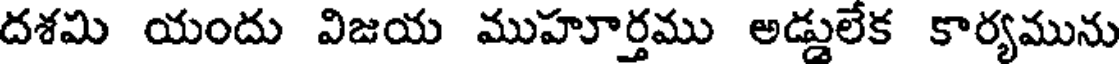
దశమ యందు విజయ ముహూర్తము అడ్డులేక కార్యమును